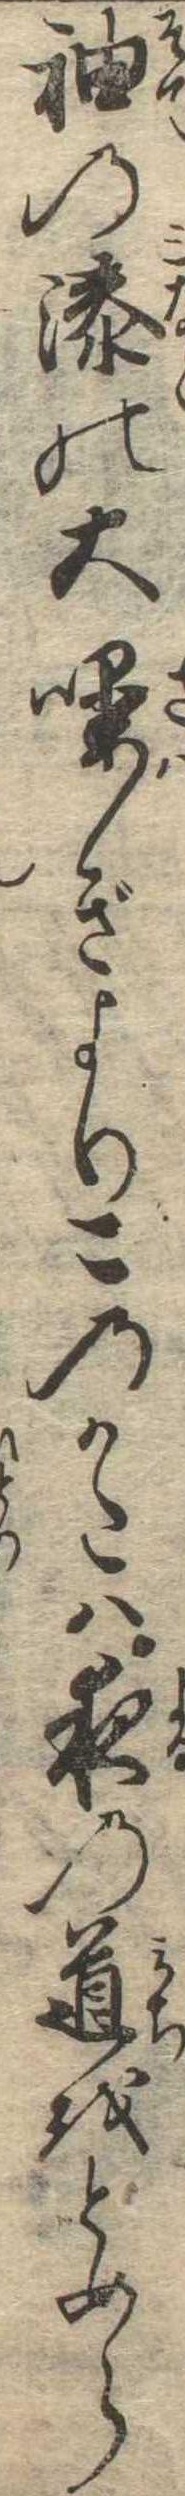
袖の湊の大噪ぎよりこのかたは夜の道をとめら